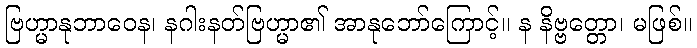
ဗြဟ္မာနုဘာဝေန၊ နဂါးနတ်ဗြဟ္မာ၏ အာနုဘော်ကြောင့်။ န နိဗ္ဗတ္တော၊ မဖြစ်။